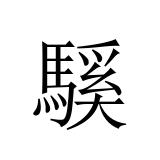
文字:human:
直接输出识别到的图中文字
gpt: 騱